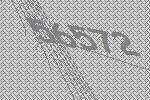
56572